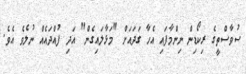
ސުވާސްތީގެ ރިކޯޑިން ނިންމާފައި އެހާ ގަދައަށް "މަޅާލައިގެން" އަދި ފުއްދައެއް ނުލެވެ އެވެ.